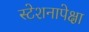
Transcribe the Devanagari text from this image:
स्टेशनापेक्षा